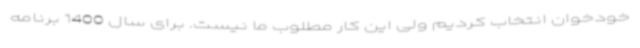
خودخوان انتخاب کردیم ولی این کار مطلوب ما نیست. برای سال 1400 برنامه